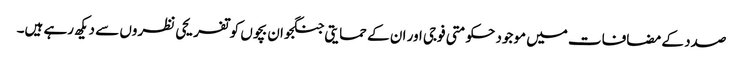
صدد کے مضافات میں موجود حکومتی فوجی اور ان کے حمایتی جنگجو ان بچوں کو تفریحی نظروں سے دیکھ رہے ہیں۔